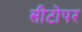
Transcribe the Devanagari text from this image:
सीटोपर